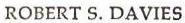
ROBERT S. DAVIES